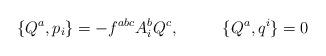
LaTeX: \begin{align*}\{Q^a,p_i\}=-f^{abc}A^b_iQ^c, \ \ \ \ \ \ \ \ \{Q^a,q^i\}=0\end{align*}